Report on the Nagpur School of Medicine, Central Provinces
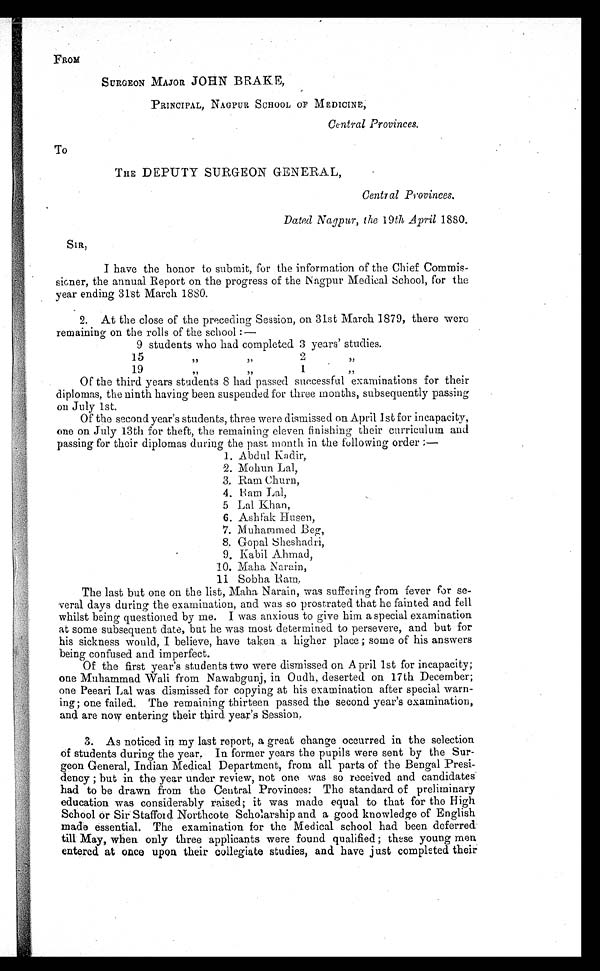
FROM
SURGEON MAJOR JOHN BRAKE,
PRINCIPAL, NAGPUR SCHOOL OF MEDICINE,
Central Provinces.
TO
THE DEPUTY SURGEON GENERAL,
Central Provinces.
Dated Nagpur, the 19th April 1880.
SIR,
I have the honor to submit, for the information of the Chief Commis-
- s i o n e r , t h e a n n u a l R e p o r t o n t h e p r o g r e s s o f t h e N a g p u r M e d i c a l S c h o o l , f o r t h e
year ending 31st March 1880.
2. At the close of the preceding Session, on 31st March 1879, there were
remaining on the rolls of the school :—
9 students who had completed 3 years' studies.
15
)9
2
19
"
Of the third years students 8 had passed successful examinations for their
diplomas, the ninth having been suspended for three months, subsequently passing
on July 1st.
Of the second year's students, three were dismissed on April 1st for incapacity,
one on July 13th for theft, the remaining eleven finishing their curriculum and
passing for their diplomas during the past month in the following order
1. Abdul Kadir,
2. Mohun Lal,
3. Ram Churn,
4. Ram Lal,
5 Lal Khan,
6. Ashfak Husen,
7.
M u h a m m e d B e g ,
8. Gopal Sheshadri,
Kabil Ahmad,
10. Maha 'Narain,
1 1
Sobha
The last but one on the list, Maha Narain, was suffering from fever for se-
veral days during the examination, and was so prostrated that he fainted and fell
whilst being questioned by me. I was anxious to give him a special examination
at some subsequent date, but he was most determined to persevere, and but for
his sickness would, I believe, have taken a higher place ; some of his answers
being confused and imperfect.
Of the first year's students two were dismissed on A pril 1st for incapacity;
one Muhammad Wali from Nawabgunj, in Oudh, deserted on 17th December;
one Peeari Lal was dismissed for copying at his examination after special warn-
ing; one failed. The remaining thirteen passed the second year's examination,
and are now entering their third year's Session,
3. As noticed in my last report, a great change occurred in the selection
of students during the year. In former years the pupils were sent by the Sur-
geon General, Indian Medical Department, from all parts of the Bengal Presi-
dency; but in the year under review, not one was so received and candidates
had to be drawn from the Central Provinces: The standard of preliminary
education was considerably raised; it was made equal to that for the High
School or Sir Stafford Northcote Scholarship and a good knowledge of English
made essential. The examination for the Medical school had been deferred
till May, when only three applicants were found qualified; these young men
entered at once upon their collegiate studies, and have just completed their